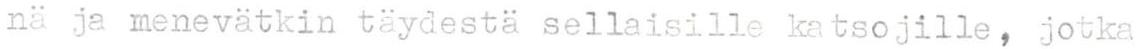
nä ja menevätkin täydestä sellaisille katsojille, jotka